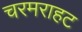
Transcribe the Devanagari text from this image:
चरमराहट